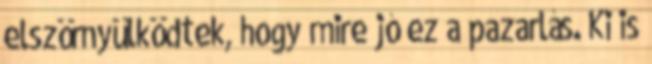
elszörnyülködtek, hogy mire jó ez a pazarlás. Ki is